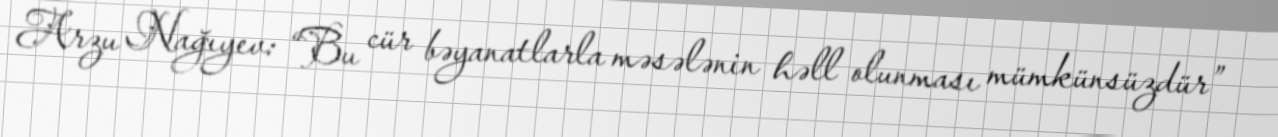
Arzu Nağıyev: “Bu cür bəyanatlarla məsələnin həll olunması mümkünsüzdür”